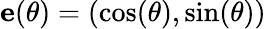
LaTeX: {\mathbf e}(\theta)=(\cos(\theta),\sin(\theta))